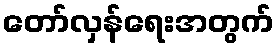
တော်လှန်ရေးအတွက်